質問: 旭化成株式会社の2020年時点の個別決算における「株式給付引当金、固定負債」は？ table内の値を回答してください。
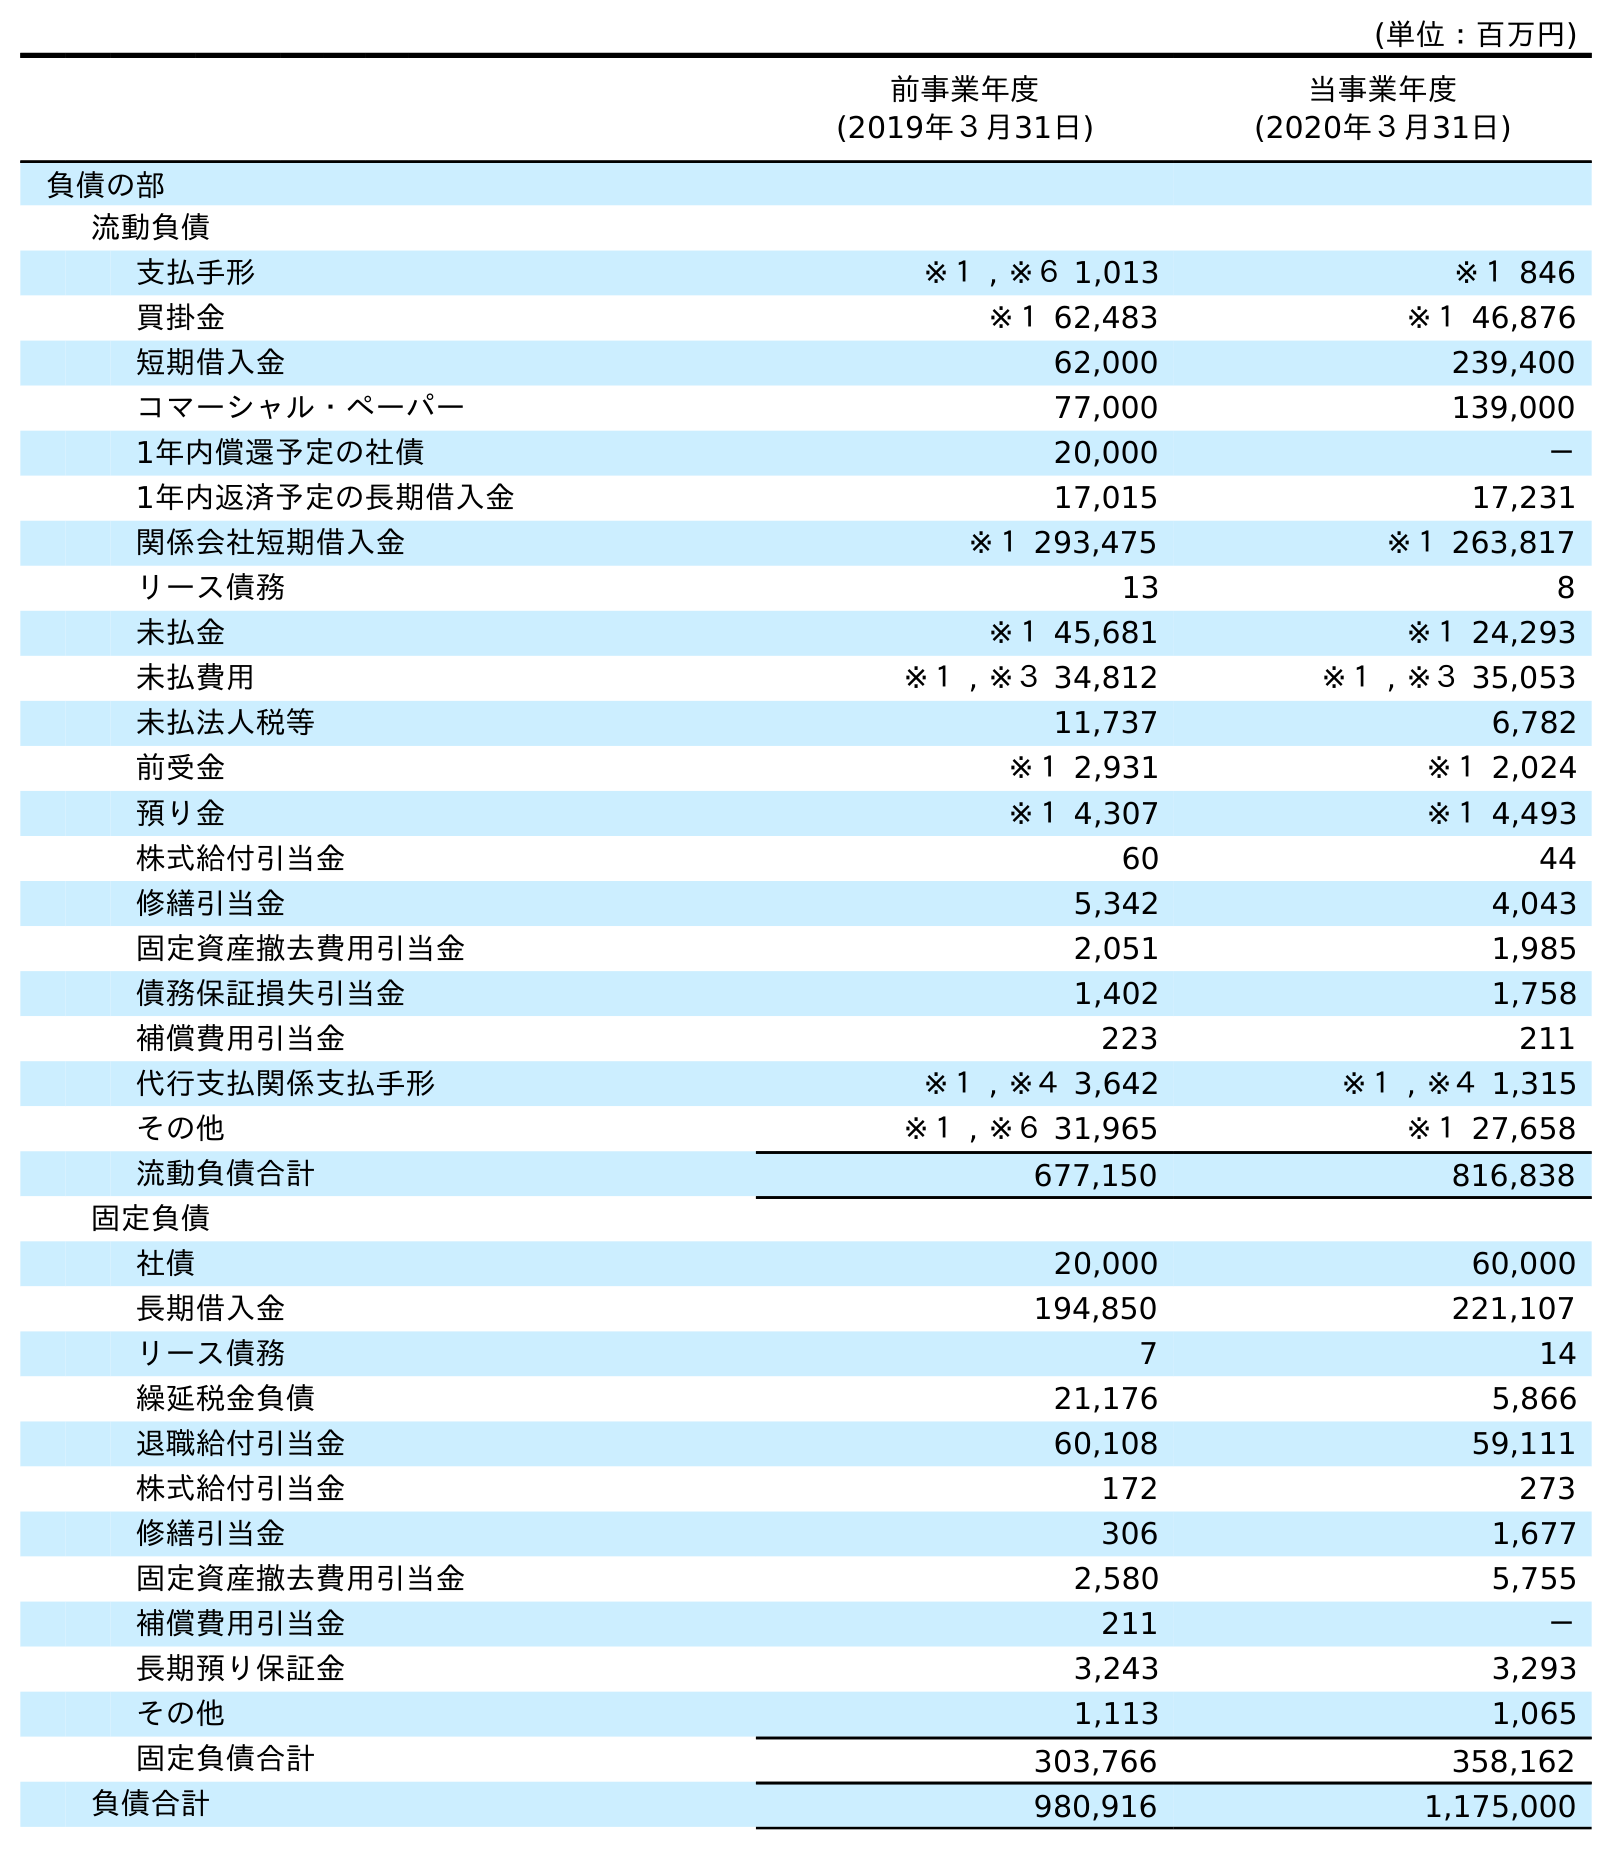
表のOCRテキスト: (単位：百万円) 前事業年度 (2019年３月31日) 当事業年度 (2020年３月31日) 負債の部 流動負債 支払手形 ※１ , ※６ 1,013 ※１ 846 買掛金 ※１ 62,483 ※１ 46,876 短期借入金 62,000 239,400 コマーシャル・ペーパー 77,000 139,000 1年内償還予定の社債 20,000 － 1年内返済予定の長期借入金 17,015 17,231 関係会社短期借入金 ※１ 293,475 ※１ 263,817 リース債務 13 8 未払金 ※１ 45,681 ※１ 24,293 未払費用 ※１ , ※３ 34,812 ※１ , ※３ 35,053 未払法人税等 11,737 6,782 前受金 ※１ 2,931 ※１ 2,024 預り金 ※１ 4,307 ※１ 4,493 株式給付引当金 60 44 修繕引当金 5,342 4,043 固定資産撤去費用引当金 2,051 1,985 債務保証損失引当金 1,402 1,758 補償費用引当金 223 211 代行支払関係支払手形 ※１ , ※４ 3,642 ※１ , ※４ 1,315 その他 ※１ , ※６ 31,965 ※１ 27,658 流動負債合計 677,150 816,838 固定負債 社債 20,000 60,000 長期借入金 194,850 221,107 リース債務 7 14 繰延税金負債 21,176 5,866 退職給付引当金 60,108 59,111 株式給付引当金 172 273 修繕引当金 306 1,677 固定資産撤去費用引当金 2,580 5,755 補償費用引当金 211 － 長期預り保証金 3,243 3,293 その他 1,113 1,065 固定負債合計 303,766 358,162 負債合計 980,916 1,175,000
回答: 273